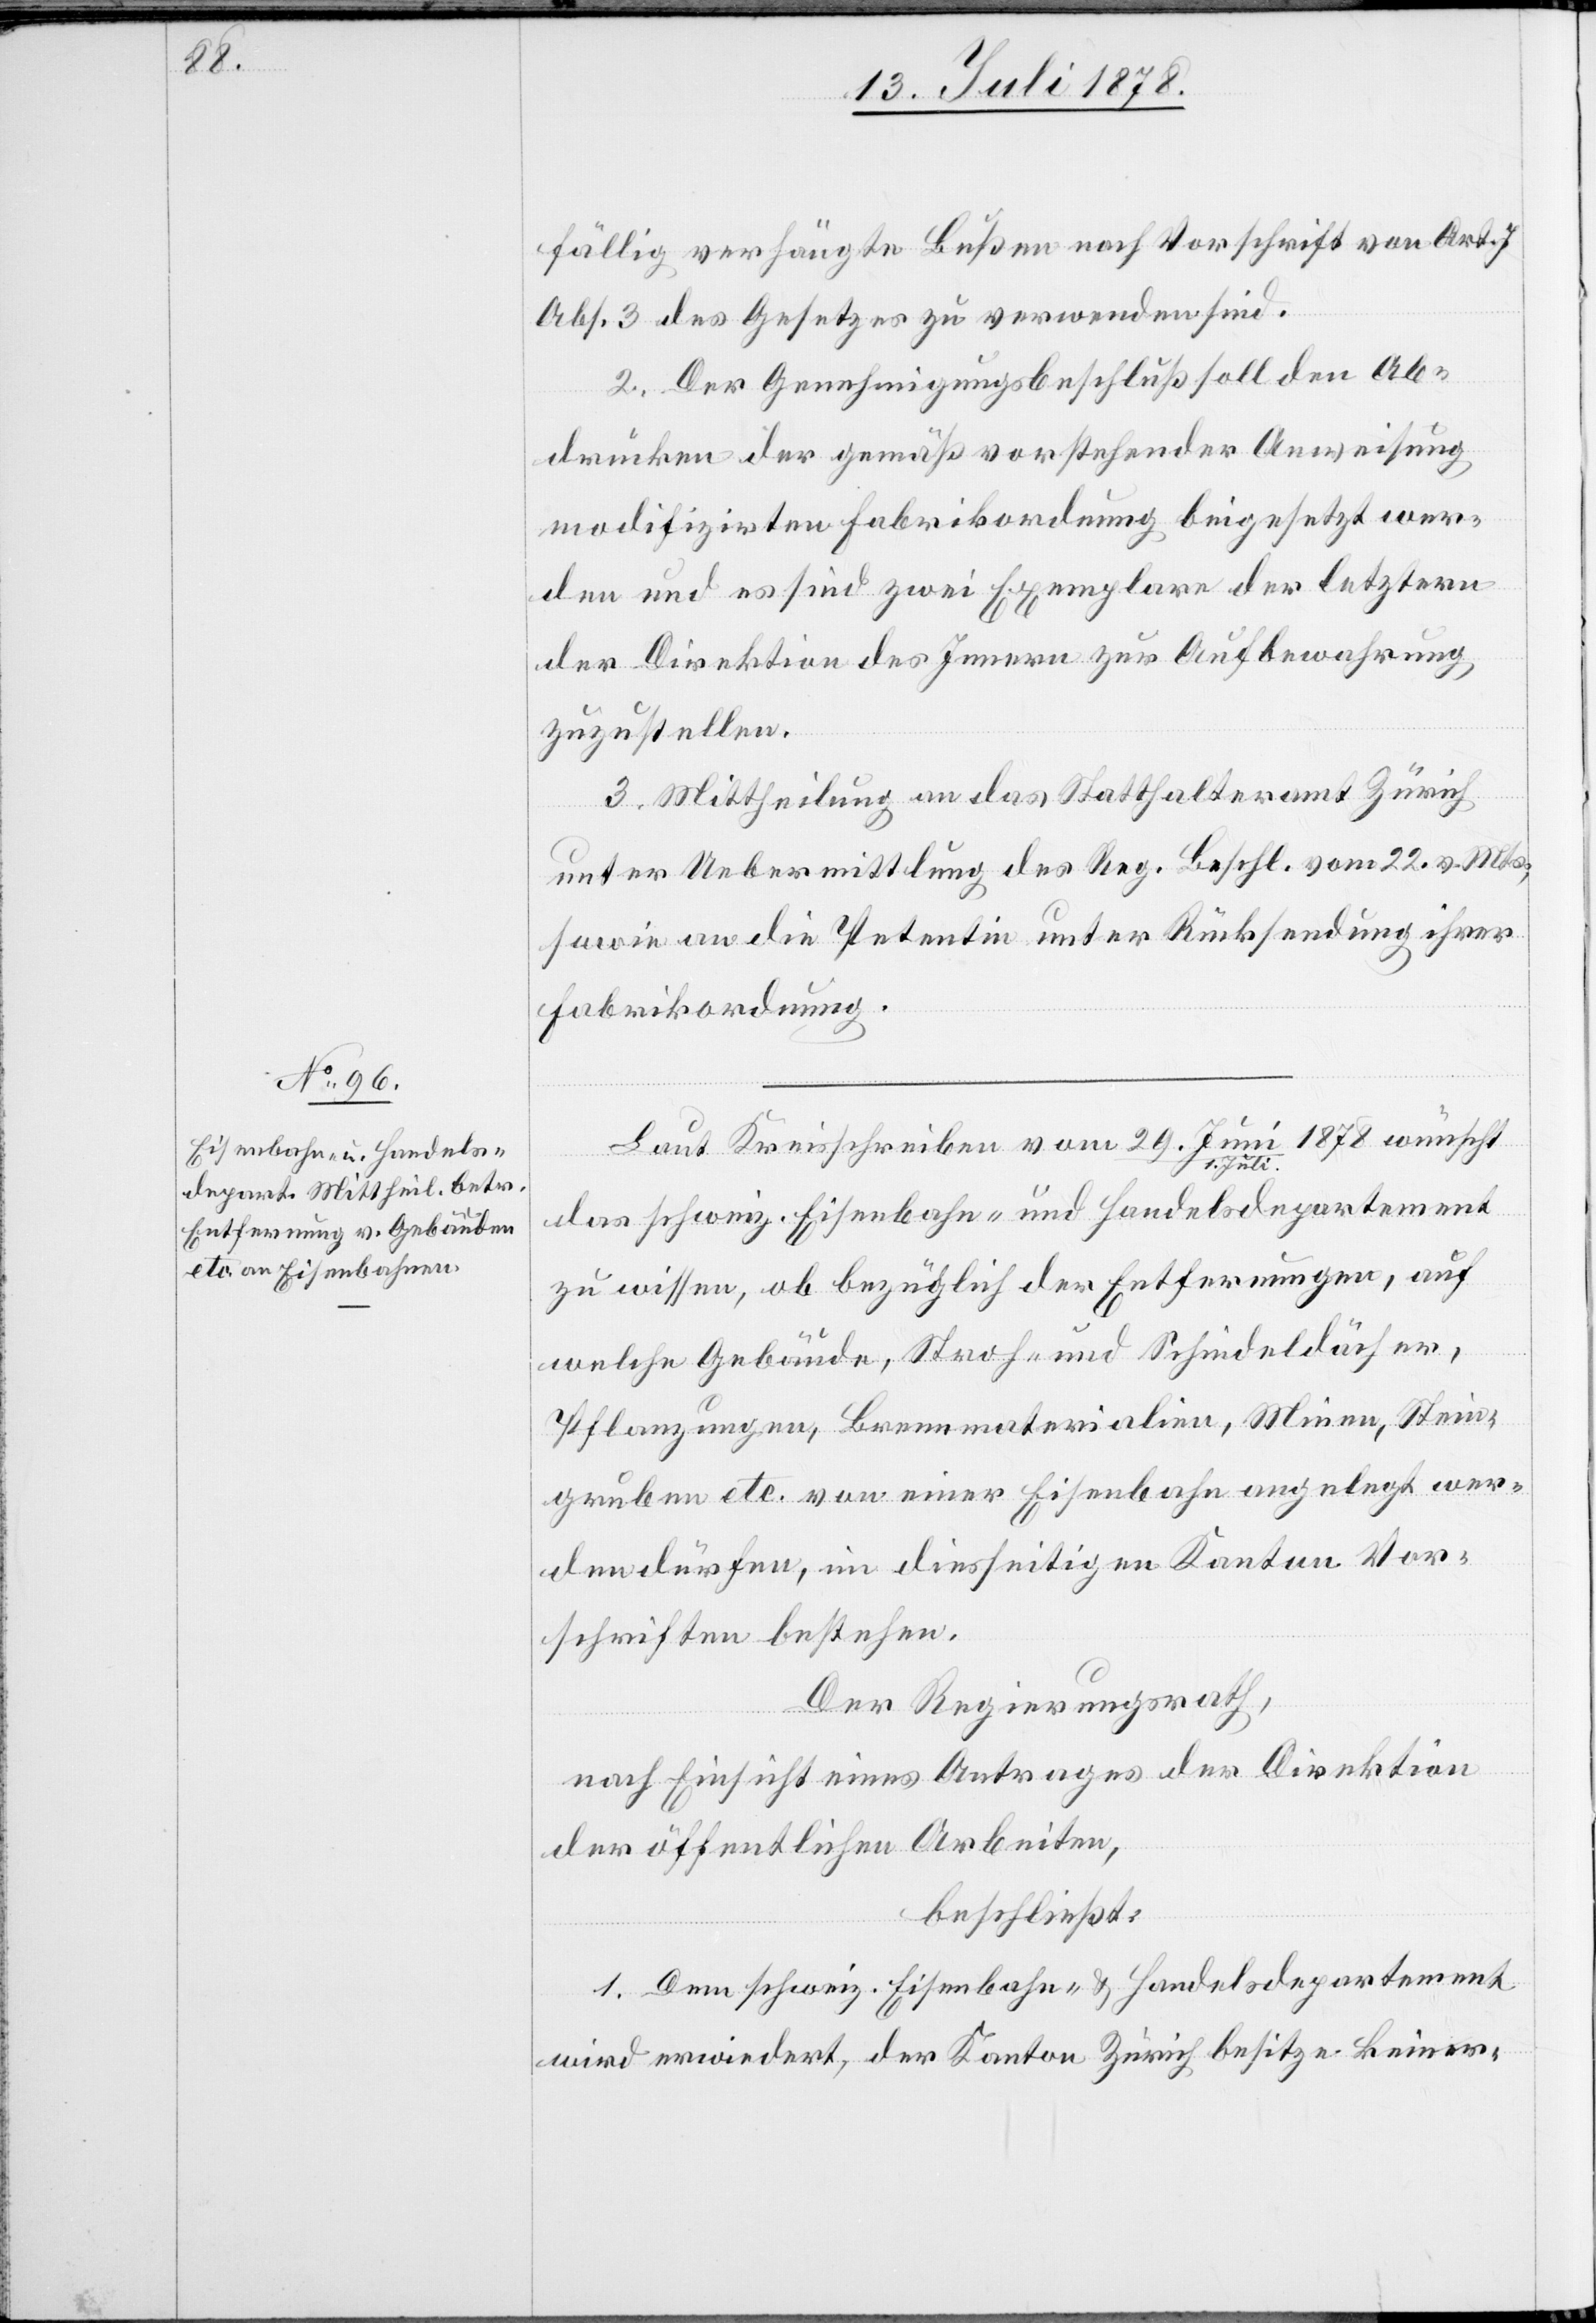
Laut Kreisschreiben vom 29. Juni / 1. Juli 1878 wünscht
das schweiz. Eisenbahn- und Handelsdepartement
zu wissen, ob bezüglich der Entfernungen, auf
welche Gebäude, Stroh- und Schindeldächer,
Pflanzungen, Brennmaterialien, Minen, Stein¬
gruben etc. von einer Eisenbahn angelegt wer¬
den dürfen, im diesseitigen Kanton Vor¬
schriften bestehen.
Der Regierungsrath,
nach Einsicht eines Antrages der Direktion
der öffentlichen Arbeiten,
beschließt:
1. Dem schweiz. Eisenbahn- & Handelsdepartement
wird erwiedert, der Kanton Zürich besitze keiner-